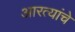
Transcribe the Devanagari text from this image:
आरत्यांचे